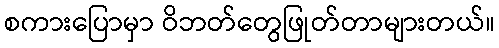
စကားပြောမှာ ဝိဘတ်တွေဖြုတ်တာများတယ်။